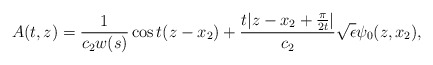
\begin{align*} A(t,z) = \frac{1}{c_2 w(s)} \cos t(z- x_2) + \frac{t|z-x_2 + \frac{\pi}{2t}|}{c_2} \sqrt{\epsilon} \psi_0 (z, x_2),\end{align*}